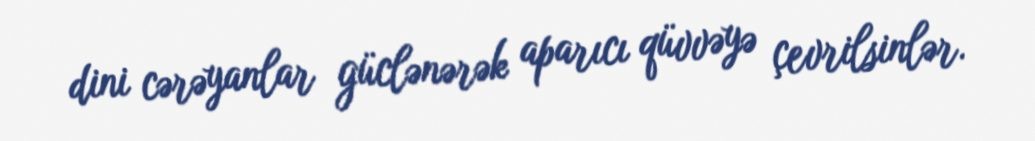
dini cərəyanlar güclənərək aparıcı qüvvəyə çevrilsinlər.